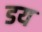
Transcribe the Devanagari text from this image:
डय